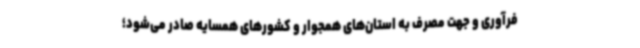
فرآوری و جهت مصرف به استان‌های همجوار و کشورهای همسایه صادر می‌شود؛